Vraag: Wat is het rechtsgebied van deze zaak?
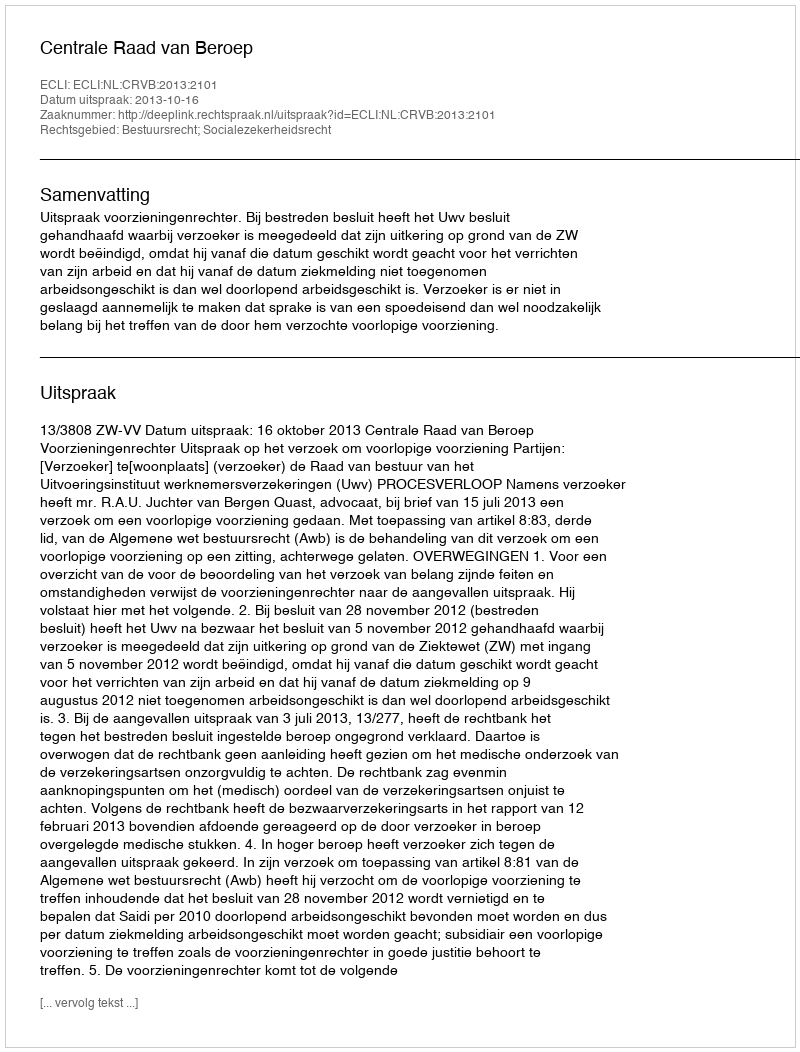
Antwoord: Bestuursrecht; Socialezekerheidsrecht